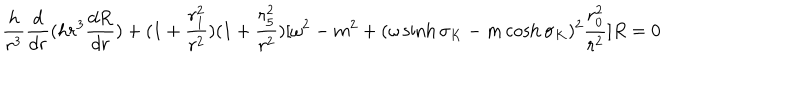
\frac { h } { r ^ { 3 } } \frac { d } { d r } ( h r ^ { 3 } \frac { d R } { d r } ) + ( 1 + \frac { r _ { 1 } ^ { 2 } } { r ^ { 2 } } ) ( 1 + \frac { r _ { 5 } ^ { 2 } } { r ^ { 2 } } ) [ \omega ^ { 2 } - m ^ { 2 } + ( \omega \sinh \sigma _ { K } - m \cosh \sigma _ { K } ) ^ { 2 } \frac { r _ { 0 } ^ { 2 } } { r ^ { 2 } } ] R = 0